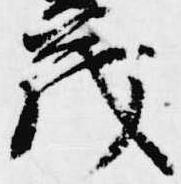
茂